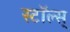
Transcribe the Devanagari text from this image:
स्टॉल्स्